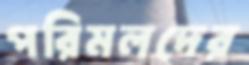
পরিমলদের